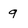
Character: q